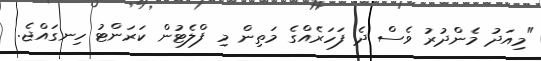
"މިއަދު މެންދުރު ވެސް ދެ ފަހަރެއްގެ މަތިން މި ފްލެޓުން ކަރަންޓު ހިނގައްޖެ.